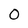
Character: 0